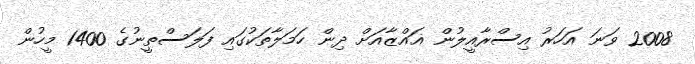
2008 ވަނަ އަހަރު އިސްރާއީލުން ޣައްޒާއަށް ދިން ހަމަލާތަކުގައި ފަލަސްތީނުގެ 1400 މީހުން